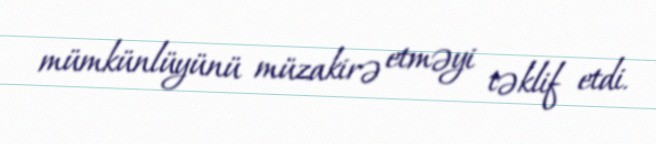
mümkünlüyünü müzakirə etməyi təklif etdi.